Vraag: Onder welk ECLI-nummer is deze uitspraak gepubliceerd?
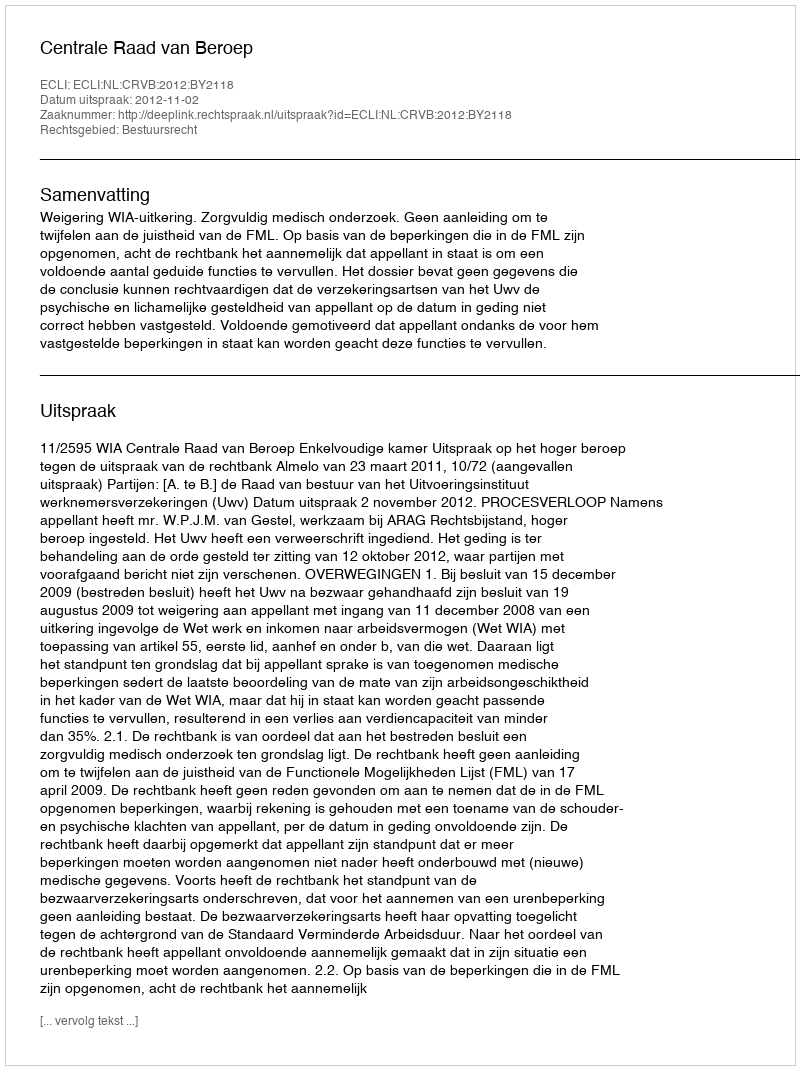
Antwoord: ECLI:NL:CRVB:2012:BY2118